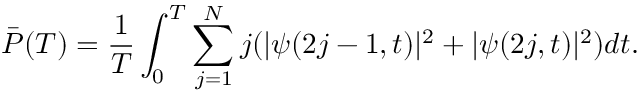
\bar { P } ( T ) = \frac { 1 } { T } \int _ { 0 } ^ { T } \sum _ { j = 1 } ^ { N } j ( | \psi ( 2 j - 1 , t ) | ^ { 2 } + | \psi ( 2 j , t ) | ^ { 2 } ) d t .